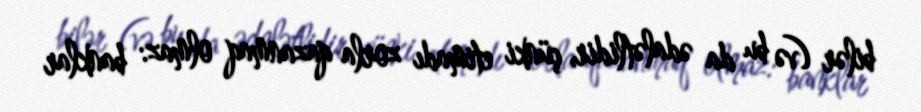
bilər (və bu da ədalətlidir, çünki etimadı zorla qazanmaq olmaz: banklar